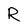
Character: R